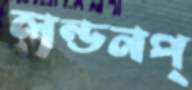
লন্ডনপ্